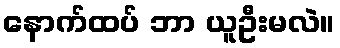
နောက်ထပ် ဘာ ယူဦးမလဲ။